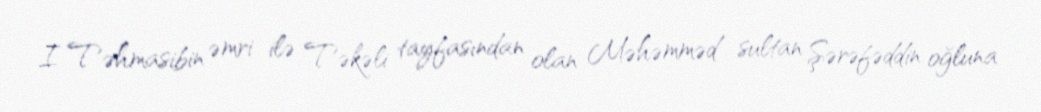
I Təhmasibin əmri ilə Təkəli tayfasından olan Məhəmməd sultan Şərəfəddin oğluna